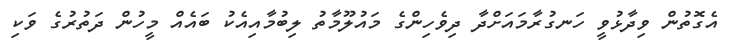
އެގޮތުން ވިދާޅުވީ ހަނގުރާމައަށްދާ ދިވެހިންގެ މައުލޫމާތު ލިބުމާއިއެކު ބައެއް މީހުން ދަތުރުގެ ވަކި